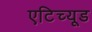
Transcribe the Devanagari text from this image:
एटिच्यूड